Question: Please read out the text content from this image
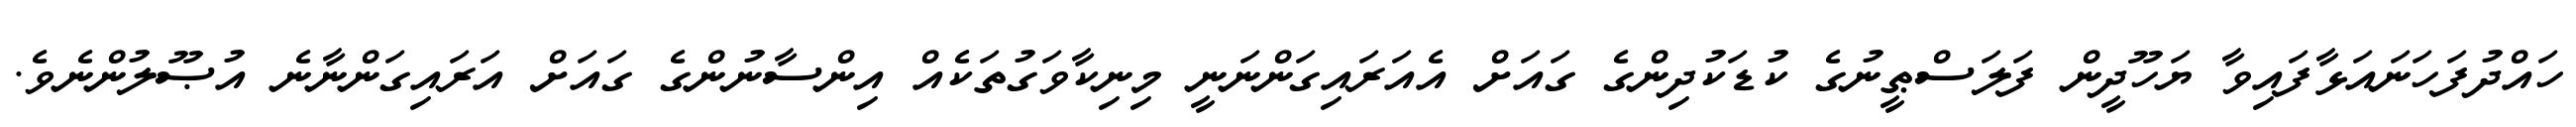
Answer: ހައްދުފަހަނައަޅާފައިވާ ޔަހޫދީން ފަލަސްޠީނުގެ ކުޑަކުދިންގެ ގައަށް އެއަރައިގަންނަނީ މިނިކާވަގުތަކެއް އިންސާނުންގެ ގައަށް އަރައިގަންނާނެ އުޞޫލުންނެވެ.